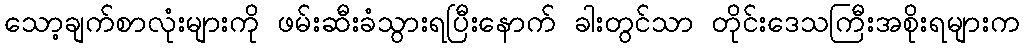
သော့ချက်စာလုံးများကို ဖမ်းဆီးခံသွားရပြီးနောက် ခါးတွင်သာ တိုင်းဒေသကြီးအစိုးရများက